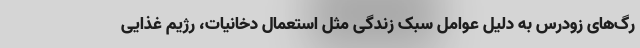
رگ‌های زودرس به دلیل عوامل سبک زندگی مثل استعمال دخانیات، رژیم غذایی